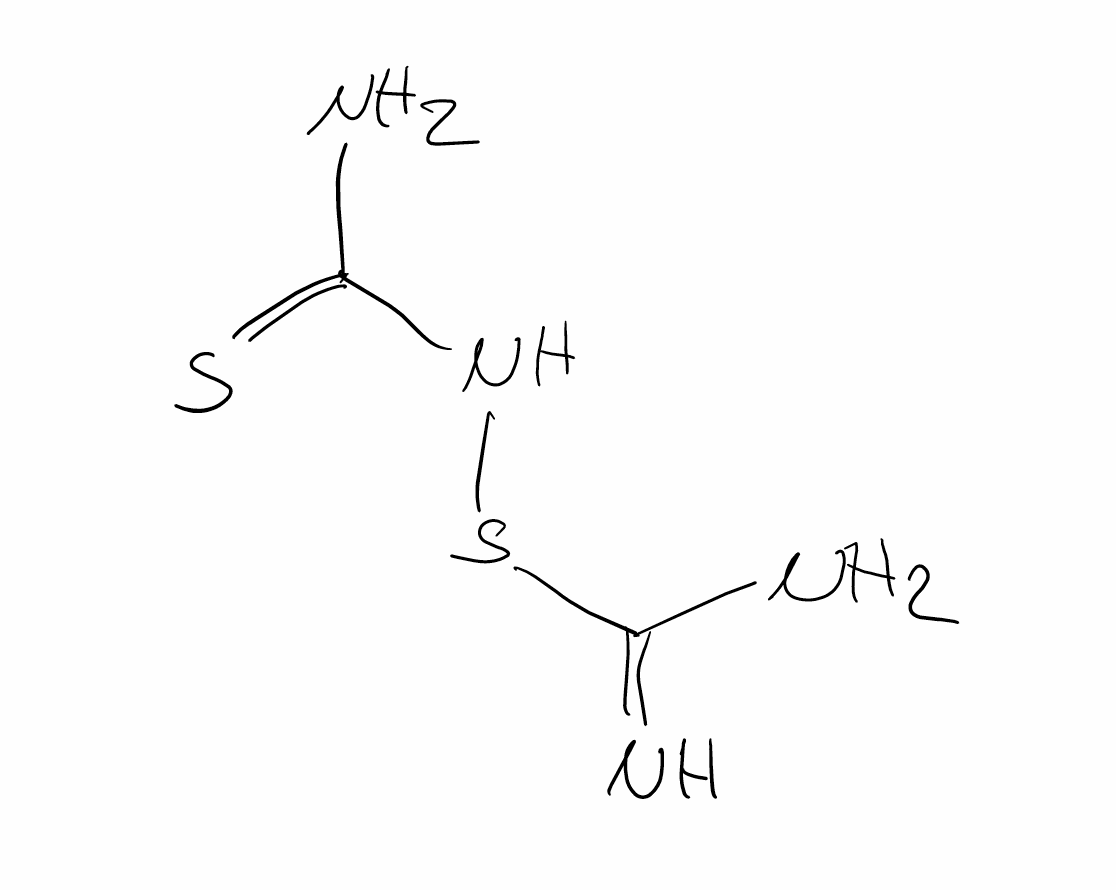
Simplified molecular-input line-entry system (SMILES) notation of the given molecule:
C(=N)(N)SNC(=S)N